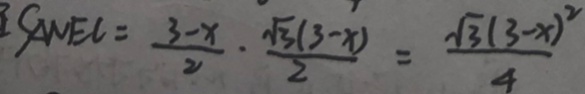
S _ { \Delta N E C } = \frac { 3 - x } { 2 } \cdot \frac { \sqrt { 3 } ( 3 - x ) } { 2 } = \frac { \sqrt { 3 } ( 3 - x ) ^ { 2 } } { 4 }